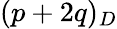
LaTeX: (p+2q)_{D}